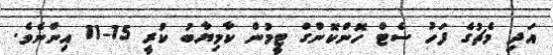
އަދި މެޗުގެ ފަހު ސެޓް ހޮންކޮންގް ޓީމުން ކާމިޔާބު ކުރީ 15-11 އިންނެވެ.